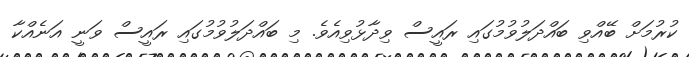
ކުރުމަށް ބޭއްވި ބައްދަލުވުމުގައި ރައީސް ވިދާޅުވިއެވެ. މި ބައްދަލުވުމުގައި ރައީސް ވަނީ އަނެއްކާ